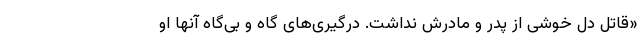
«قاتل دل خوشی از پدر و مادرش نداشت. درگیری‌های گاه و بی‌گاه آنها او